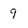
Character: 9